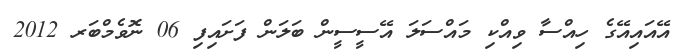
އޭއައިއޭގެ ހިއްސާ ވިއްކި މައްސަލަ އޭސީސީން ބަލަން ފަށައިފި 06 ނޮވެމްބަރ 2012